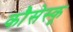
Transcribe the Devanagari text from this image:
कौसेस्कू